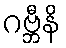
ဂဗ္ဘီနိ